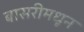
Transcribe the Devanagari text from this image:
बासरीमधून